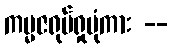
ကမ္မဇရုပ်ရှုပုံကား --